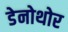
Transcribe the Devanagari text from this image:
डेनोथोर